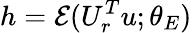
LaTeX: h=\mathcal{E}(U_{r}^{T}u;\theta_{E})